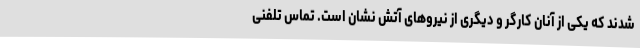
شدند که یکی از آنان کارگر و دیگری از نیروهای آتش نشان است. تماس تلفنی